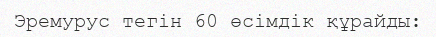
Эремурус тегін 60 өсімдік құрайды: